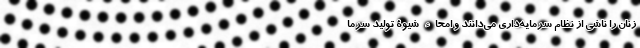
زنان را ناشی از نظام سرمایه‌داری می‌دانند و امحاء شیوۀ تولید سرما